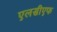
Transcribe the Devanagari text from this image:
एलसीएफ